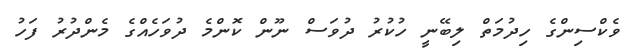
ވެކްސިންގެ ހިދުމަތް ލިބޭނީ ހުކުރު ދުވަސް ނޫން ކޮންމެ ދުވަހެއްގެ މެންދުރު ފަހު